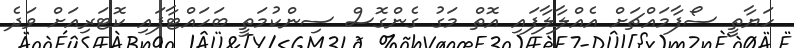
ހަޔާތީ ސޯފާމައްޗަށް އެއްލާލާފައި އޮތް މަގު ގެންގޮސް ސިންކުމަތީ ބަހައްޓާފައި ކޮޓަރިއަށް ވަދެ